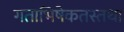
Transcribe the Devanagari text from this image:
गताभिषेकतस्तथा